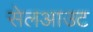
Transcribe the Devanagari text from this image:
सेलआउट